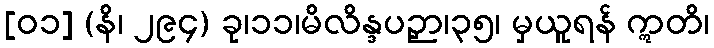
[၀၁] (နိ၊ ၂၉၄) ခု၊၁၁၊မိလိန္ဒပဉှာ၊၃၅၊ မှယူရန် ဣတိ၊